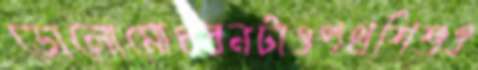
ডোলোমোধরনটাওপথশিশুও